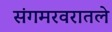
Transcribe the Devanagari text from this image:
संगमरवरातले